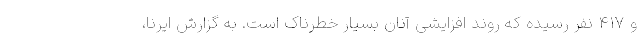
و ۴۱۷ نفر رسیده که روند افزایشی آنان بسیار خطرناک است. به گزارش ایرنا،